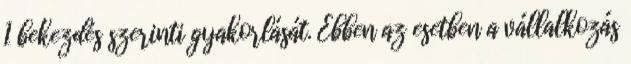
1 bekezdés szerinti gyakorlását. Ebben az esetben a vállalkozás